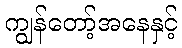
ကျွန်တော့်အနေနှင့်